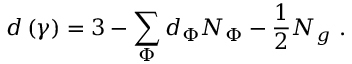
d \left( \gamma \right) = 3 - \sum _ { \Phi } d _ { \Phi } N _ { \Phi } - \frac 1 2 N _ { g } \, \, .